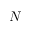
N